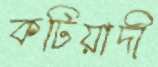
কটিয়াদী